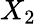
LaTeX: X_{2}